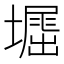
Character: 𡑥